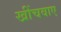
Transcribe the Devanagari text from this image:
खींचवाए